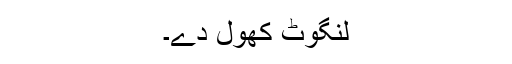
لنگوٹ کھول دے۔